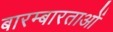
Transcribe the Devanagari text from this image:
बारम्बारताओं